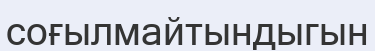
соғылмайтындыгын